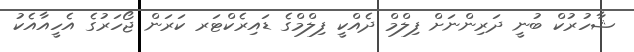
ޝާހުރުކް ބުނީ ދަރިންނަށް ފިލްމް ދެއްކީ ފިލްމްގެ ޑައިރެކްޓަރ ކަރަން ޖޯހަރުގެ އެހީއާއެކު